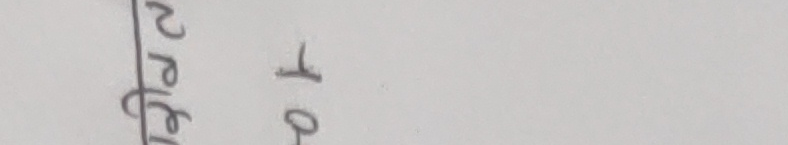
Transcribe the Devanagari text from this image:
अथवा प्रतीक्षा